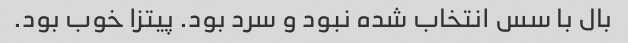
بال با سس انتخاب شده نبود و سرد بود. پیتزا خوب بود.